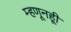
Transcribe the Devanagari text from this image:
म्हणूनहूी